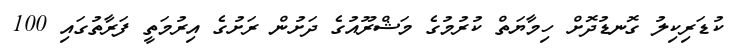
ކުޑަރިކިލު ގޮނޑުދޮށް ހިމާޔަތް ކުރުމުގެ މަޝްރޫއުގެ ދަށުން ރަށުގެ އިރުމަތީ ފަރާތުގައި 100